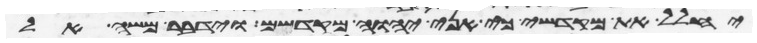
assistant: יחלל את מקדשי כי אני יהוה מקדשם וידבר משה אל